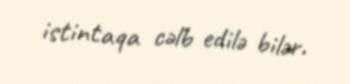
istintaqa cəlb edilə bilər.